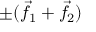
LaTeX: \pm ( { \vec { f } } _ { 1 } + { \vec { f } } _ { 2 } )